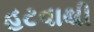
હટવાથી